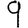
Digit: 9